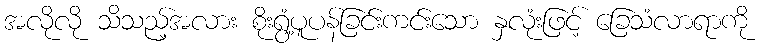
အလိုလို သိသည့်အလား စိုးရွံ့ပူပန်ခြင်းကင်းသော နှလုံးဖြင့် ခြေသံလာရာကို